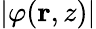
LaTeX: |\varphi({\mathbf r},z)|